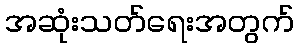
အဆုံးသတ်ရေးအတွက်